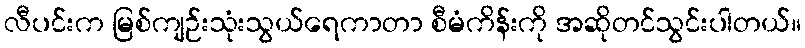
လီပင်းက မြစ်ကျဉ်းသုံးသွယ်ရေကာတာ စီမံကိန်းကို အဆိုတင်သွင်းပါတယ်။